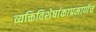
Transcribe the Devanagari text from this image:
व्यक्तिविशेषांकाप्रमाणेच